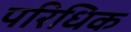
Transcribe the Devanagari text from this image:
परिधिक